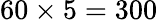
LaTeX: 60\times 5=300